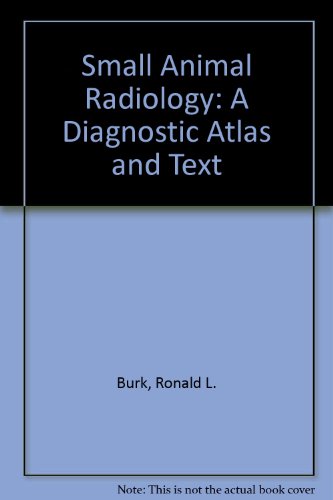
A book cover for Small Animal Radiology: A Diagnostic Atlas and Text; Ronald L. Burk; Medical Books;